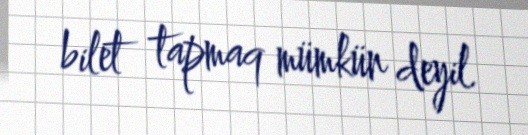
bilet tapmaq mümkün deyil.